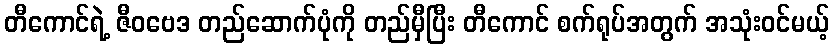
တီကောင်ရဲ့ ဇီဝဗေဒ တည်ဆောက်ပုံကို တည်မှီပြီး တီကောင် စက်ရုပ်အတွက် အသုံးဝင်မယ့်